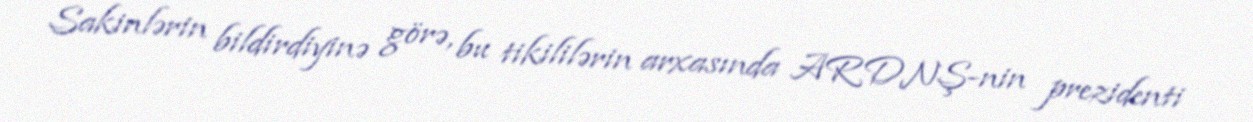
Sakinlərin bildirdiyinə görə, bu tikililərin arxasında ARDNŞ-nin prezidenti